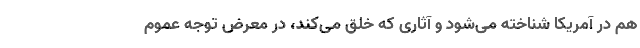
هم در آمریکا شناخته می‌شود و آثاری که خلق می‌کند، در معرض توجه عموم